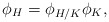
\begin{align*}\phi_H = \phi_{H/K}\phi_K, \end{align*}